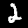
Digit: 2